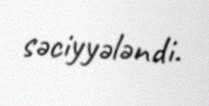
səciyyələndi.